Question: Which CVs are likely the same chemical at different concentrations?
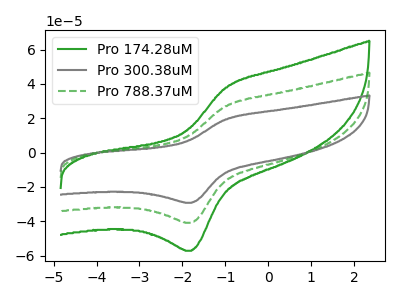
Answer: <think>The green curve "Pro 174.28uM" has an anodic peak at (-1.00V, 54.20uA) and a cathodic peak at (-1.80V, -81.80uA). The gray curve "Pro 300.38uM" has an anodic peak at (-1.00V, 19.40uA) and a cathodic peak at (-1.80V, -29.25uA). The green dashed curve "Pro 788.37uM" has an anodic peak at (-1.00V, 27.10uA) and a cathodic peak at (-1.80V, -40.90uA).
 All the peaks in "Pro 174.28uM" have a peak in "Pro 300.38uM" at the same potential. Every peak in "Pro 174.28uM" is higher than every peak in "Pro 300.38uM". All the peaks in "Pro 174.28uM" have a peak in "Pro 788.37uM" at the same potential. Every peak in "Pro 174.28uM" is higher than every peak in "Pro 788.37uM". All the peaks in "Pro 300.38uM" have a peak in "Pro 788.37uM" at the same potential. Every peak in "Pro 300.38uM" is lower than every peak in "Pro 788.37uM".</think>
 <answer>"Pro 300.38uM", "Pro 174.28uM" and "Pro 788.37uM" have the same shape and are likely CV's of the same chemical.</answer>
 <eval>"Pro 300.38uM" "Pro 174.28uM" "Pro 788.37uM"</eval>